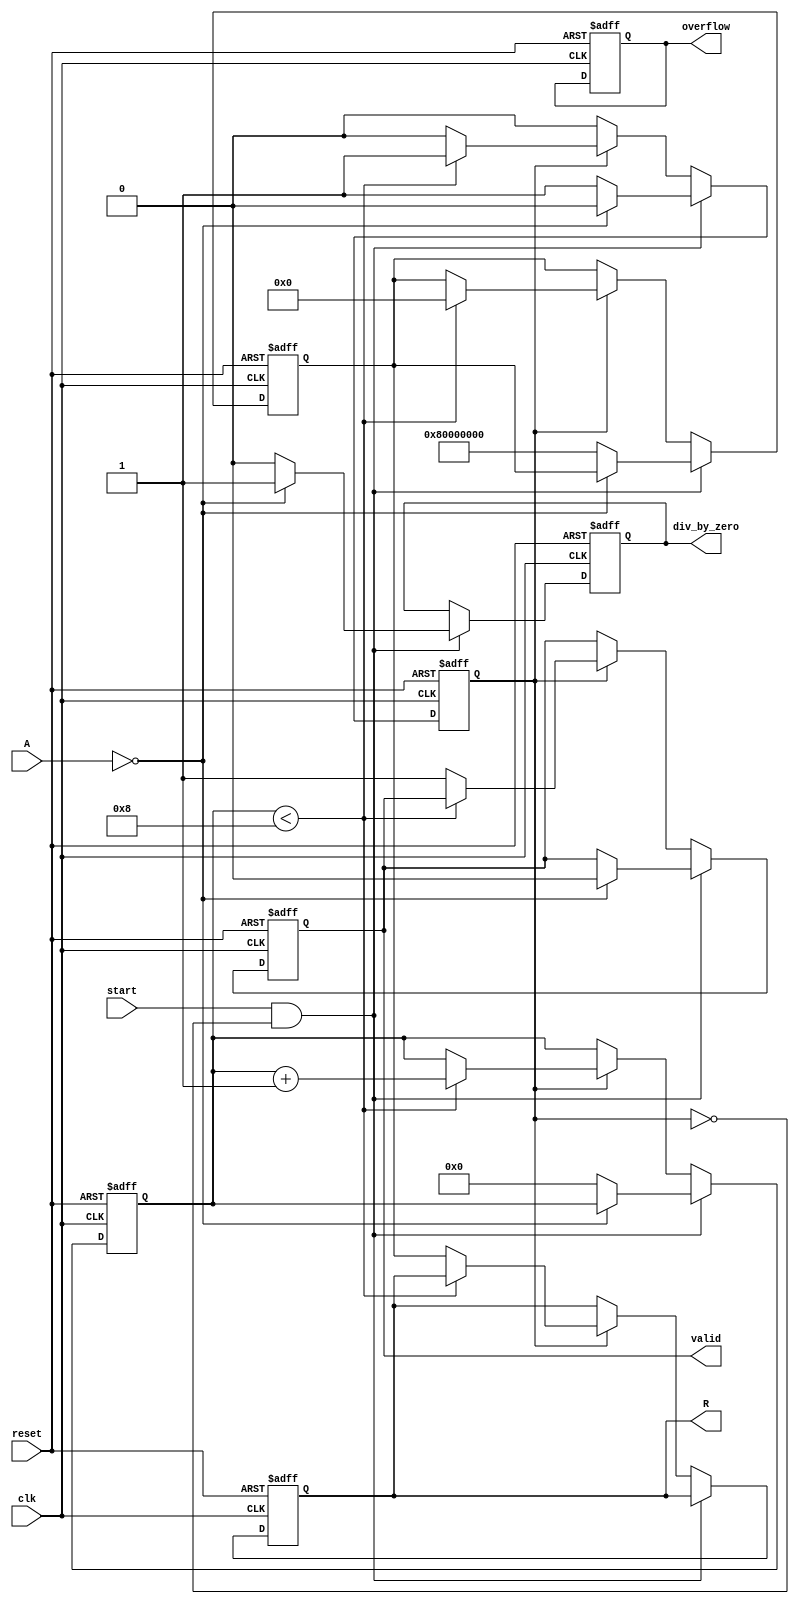
module BitwiseReciprocal #(
    parameter INPUT_WIDTH = 16, // Width of input data
    parameter OUTPUT_WIDTH = 32, // Width of reciprocal output
    parameter MAX_ITERATIONS = 8  // Maximum iterations for convergence
)(
    input  wire                  clk,        // Clock signal
    input  wire                  reset,      // Reset signal
    input  wire                  start,      // Start signal
    input  wire [INPUT_WIDTH-1:0] A,         // Input data
    output reg [OUTPUT_WIDTH-1:0] R,          // Reciprocal output
    output reg                  valid,       // Output valid flag
    output reg                  overflow,    // Overflow flag
    output reg                  div_by_zero  // Division by zero flag
);

    reg [OUTPUT_WIDTH-1:0] approx; // Current approximation of reciprocal
    reg [INPUT_WIDTH-1:0] normalized_A; // Normalized input
    reg [3:0] iteration; // Iteration counter
    reg busy; // Busy flag

    // Normalize input: Ensure A is in the range [0.5, 1.0]
    always @(posedge clk or posedge reset) begin
        if (reset) begin
            normalized_A <= 0;
            valid <= 0;
            overflow <= 0;
            div_by_zero <= 0;
            busy <= 0;
            iteration <= 0;
            approx <= 0;
            R <= 0;
        end else if (start && !busy) begin
            if (A == 0) begin
                div_by_zero <= 1; // Handle division by zero
                valid <= 0;
                busy <= 0;
            end else begin
                div_by_zero <= 0;
                busy <= 1;
                iteration <= 0;
                normalized_A <= A;
                approx <= {1'b1, {OUTPUT_WIDTH-1{1'b0}}}; // Initial approximation (1.0)
            end
        end else if (busy) begin
            if (iteration < MAX_ITERATIONS) begin
                // Update approximation using Newton-Raphson method
                approx <= approx * (2**OUTPUT_WIDTH - normalized_A * approx) >> OUTPUT_WIDTH; // approx = approx * (2 - A * approx)
                iteration <= iteration + 1;
            end else begin
                R <= approx; // Final approximation
                valid <= 1; // Set valid output
                busy <= 0; // Clear busy flag
            end
        end
    end

endmodule